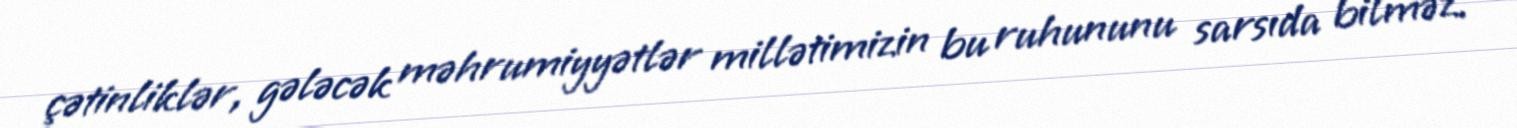
çətinliklər, gələcək məhrumiyyətlər millətimizin bu ruhununu sarsıda bilməz.